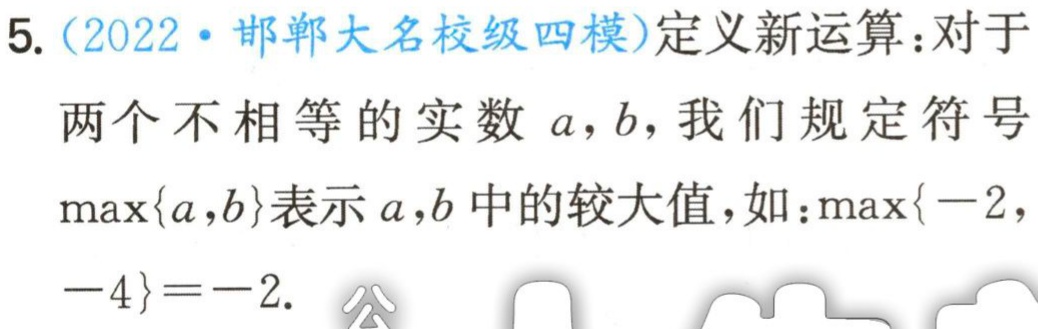
5.（2022·邯郸大名校级四模）定义新运算：对于
两个不相等的实数 \(a,b\)，我们规定符号
\(\max\{a,b\}\)表示 \(a,b\) 中的较大值，如：\(\max\{-2,\)
\(-4\}=-2\).